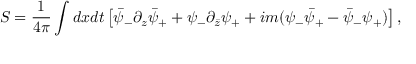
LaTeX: S = { \frac { 1 } { 4 \pi } } \int d x d t \left[ \bar { \psi } _ { - } \partial _ { z } \bar { \psi } _ { + } + \psi _ { - } \partial _ { \bar { z } } \psi _ { + } + i m ( \psi _ { - } \bar { \psi } _ { + } - \bar { \psi } _ { - } \psi _ { + } ) \right] ,